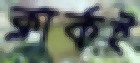
ক্লার্কই